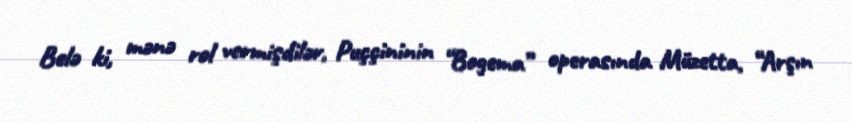
Belə ki, mənə rol vermişdilər, Puççininin “Bogema” operasında Müzetta, “Arşın